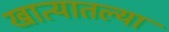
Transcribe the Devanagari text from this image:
खात्यातल्या